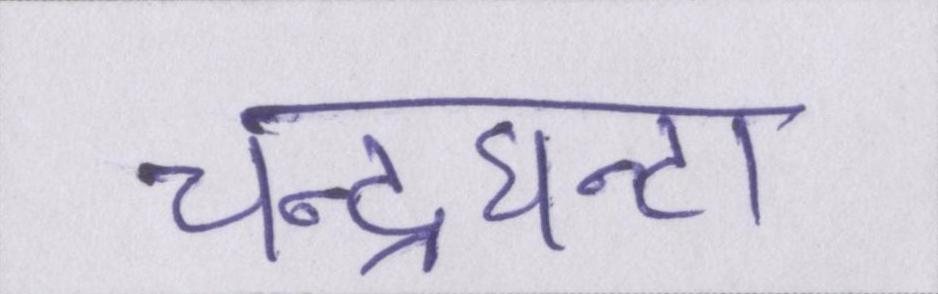
चन्द्रघन्टा